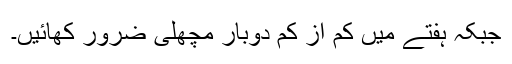
جبکہ ہفتے میں کم از کم دوبار مچھلی ضرور کھائیں۔